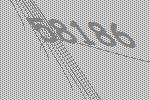
58186